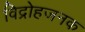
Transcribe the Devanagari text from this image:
विद्रोहजनक